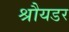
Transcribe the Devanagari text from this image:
श्रौयडर